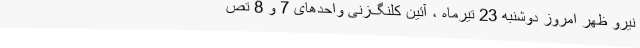
نیرو ‌ظهر امروز دوشنبه 23 تیرماه ، آئین کلنگ‌زنی واحدهای 7 و 8 تص